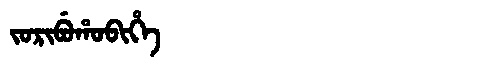
Manchu: ᠵᠣᡵᡳᠪᡠᡥᠣᠪᡳᡥᡝ
Romanization: JORIBUHOBIHE